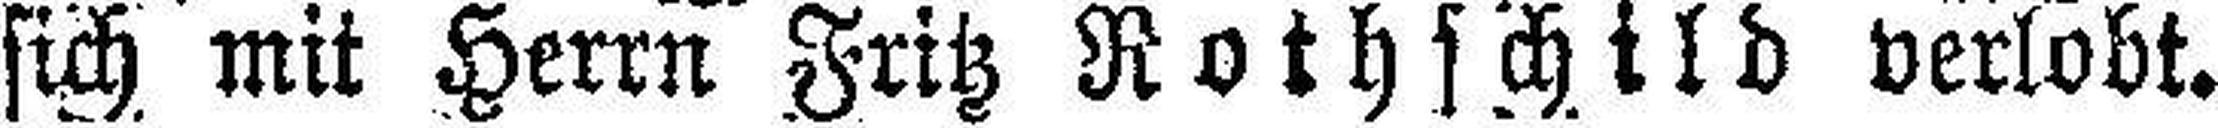
sich mit Herrn Fritz Rothschild verlobt.